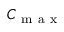
C _ { \mathrm { ~ m ~ a ~ x ~ } }